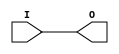

module BUF (O, I);


`ifdef XIL_TIMING

    parameter LOC = "UNPLACED";

`endif

    output O;
    input I;
    
    buf B1 (O, I);

endmodule